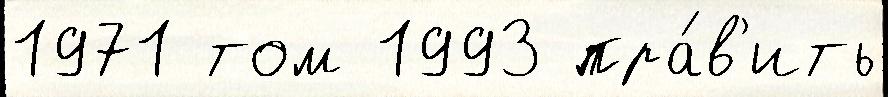
1971 том 1993 пра́в'ить